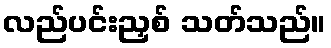
လည်ပင်းညှစ် သတ်သည်။